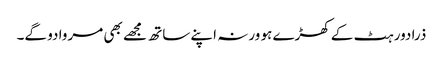
ذرا دور ہٹ کے کھڑے ہو ورنہ اپنے ساتھ مجھے بھی مروا دو گے۔